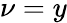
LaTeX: \nu=y